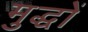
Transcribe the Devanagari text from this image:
मुद्धों